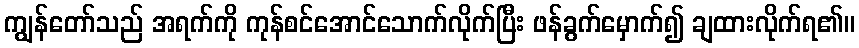
ကျွန်တော်သည် အရက်ကို ကုန်စင်အောင်သောက်လိုက်ပြီး ဖန်ခွက်မှောက်၍ ချထားလိုက်ရ၏။